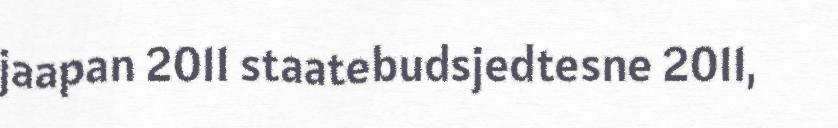
jaapan 2011 staatebudsjedtesne 2011,